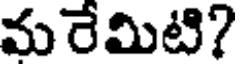
మరేమిటి?